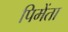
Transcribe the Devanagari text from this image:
पिमेंता